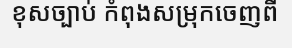
ខុសច្បាប់ កំពុងសម្រុកចេញពី